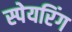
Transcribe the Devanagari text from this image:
स्पेयरिंग